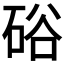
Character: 硲